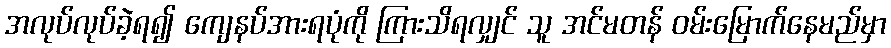
အလုပ်လုပ်ခဲ့ရ၍ ကျေနပ်အားရပုံကို ကြားသိရလျှင် သူ အင်မတန် ဝမ်းမြောက်နေမည်မှာ